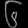
Digit: ၆